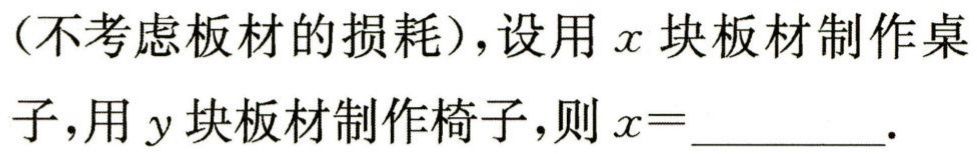
(不考虑板材的损耗),设用\(x\)块板材制作桌

子,用\(y\)块板材制作椅子,则\(x = \_\_\_\_.\)